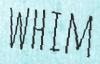
WHIM